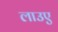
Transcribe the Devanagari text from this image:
लाउए